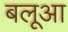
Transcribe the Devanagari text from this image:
बलूआ